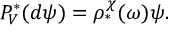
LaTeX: P _ { V } ^ { * } ( d \psi ) = \rho _ { * } ^ { \chi } ( \omega ) \psi .